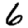
Digit: 6